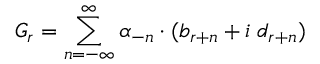
G _ { r } = \sum _ { n = - \infty } ^ { \infty } \alpha _ { - n } \cdot ( b _ { r + n } + i \; d _ { r + n } )